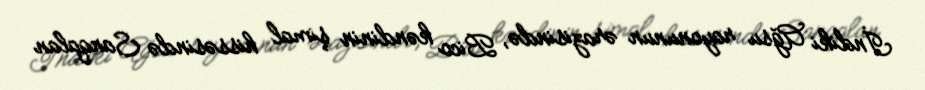
İndiki Ağsu rayonunun ərazisində, Bico kəndinin şimal hissəsində Sanqalan